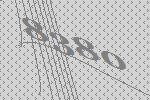
8380